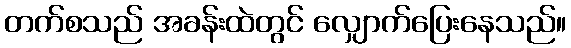
တက်စသည် အခန်းထဲတွင် လျှောက်ပြေးနေသည်။